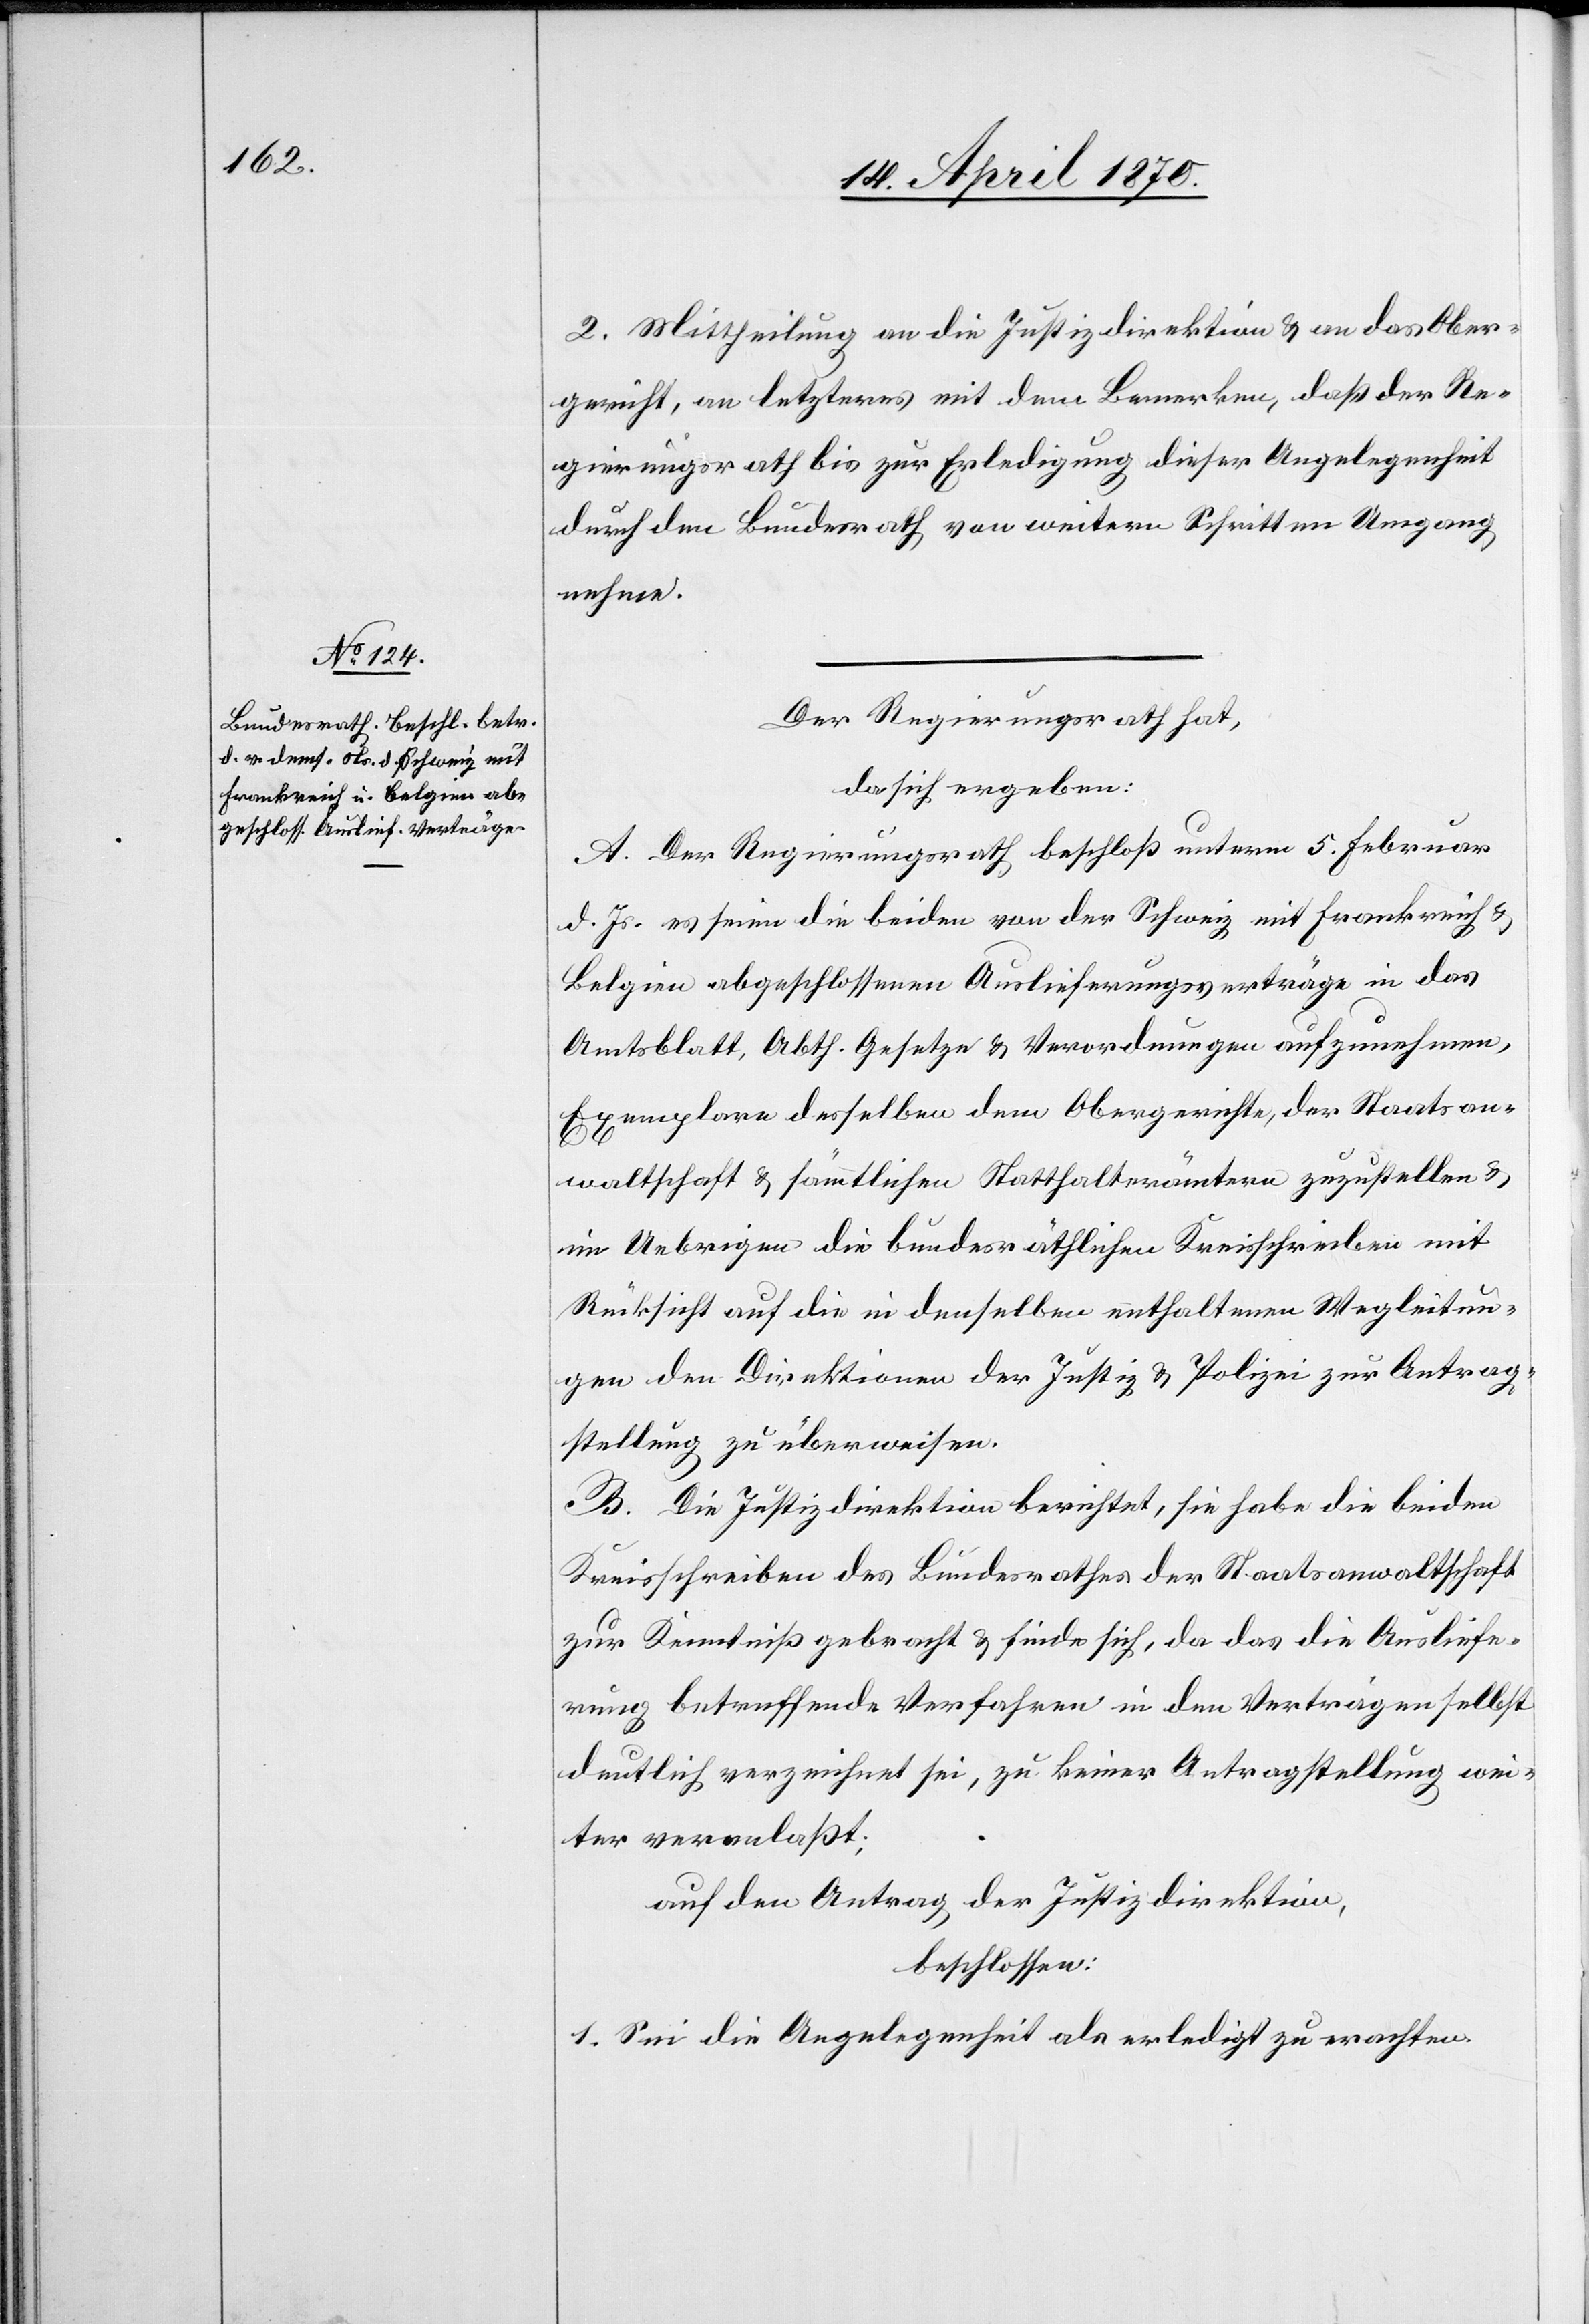
2. Mittheilung an die Justizdirektion & an das Ober¬
gericht, an letzteres mit dem Bemerken, daß der Re¬
gierungsrath bis zur Erledigung dieser Angelegenheit
durch den Bundesrath von weitern Schritten Umgang
nehme.
Der Regierungsrath hat,
da sich ergeben:
A. Der Regierungsrath beschloß unterm 5. Februar
d. Js.[,] es seien die beiden von der Schweiz mit Frankreich &
Belgien abgeschlossenen Auslieferungsverträge in das
Amtsblatt, Abth. Gesetze & Verordnungen aufzunehmen,
Exemplare desselben dem Obergerichte, der Staatsan¬
waltschaft & sämmtlichen Statthalterämtern zuzustellen &
im Uebrigen die bundesräthlichen Kreisschreiben mit
Rücksicht auf die in denselben enthaltenen Wegleitun¬
gen den Direktionen der Justiz & Polizei zur Antrag¬
stellung zu überweisen.
B. Die Justizdirektion berichtet, sie habe die beiden
Kreisschreiben des Bundesrathes der Staatsanwaltschaft
zur Kenntniß gebracht & finde sich, da das die Ausliefe¬
rung betreffende Verfahren in den Verträgen selbst
deutlich verzeichnet sei, zu keiner Antragstellung wei¬
ter veranlaßt;
auf den Antrag der Justizdirektion,
beschlossen:
1. Sei die Angelegenheit als erledigt zu erachten.